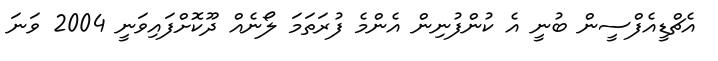
އެޗްޑީއެފްސީން ބުނީ އެ ކުންފުނިން އެންމެ ފުރަތަމަ ލޯނެއް ދޫކޮށްފައިވަނީ 2004 ވަނަ